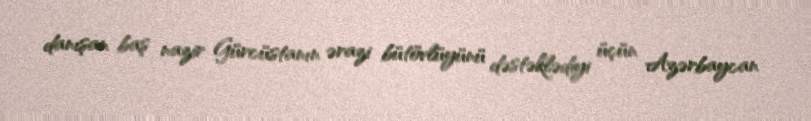
danışan baş nazir Gürcüstanın ərazi bütövlüyünü dəstəklədiyi üçün Azərbaycan